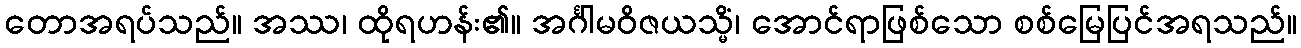
တောအရပ်သည်။ အဿ၊ ထိုရဟန်း၏။ အင်္ဂါမဝိဇယသ္မိံ၊ အောင်ရာဖြစ်သော စစ်မြေပြင်အရသည်။